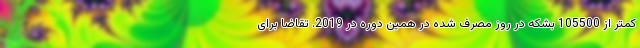
کمتر از 105500 بشکه در روز مصرف شده در همین دوره در 2019. تقاضا برای